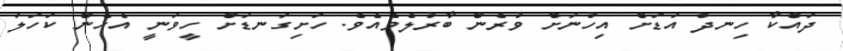
ދައްކާ ހިނދު އަޑަށް އިހުނަށް ވުރެން ބާރުލެވެއެވެ. ހަށިގަނޑަށް ހީވަނީ އެހެން ކަހަލަ